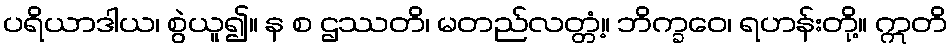
ပရိယာဒါယ၊ စွဲယူ၍။ န စ ဌဿတိ၊ မတည်လတ္တံ့။ ဘိက္ခဝေ၊ ရဟန်းတို့။ ဣတိ